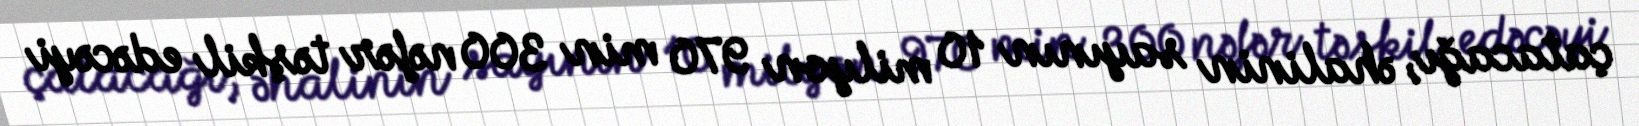
çatacağı, əhalinin sayının 10 milyon 970 min 300 nəfər təşkil edəcəyi